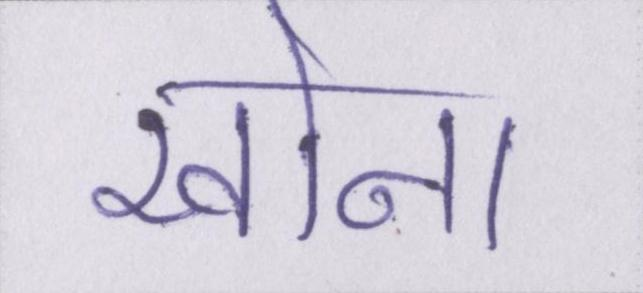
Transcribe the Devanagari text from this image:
खोना